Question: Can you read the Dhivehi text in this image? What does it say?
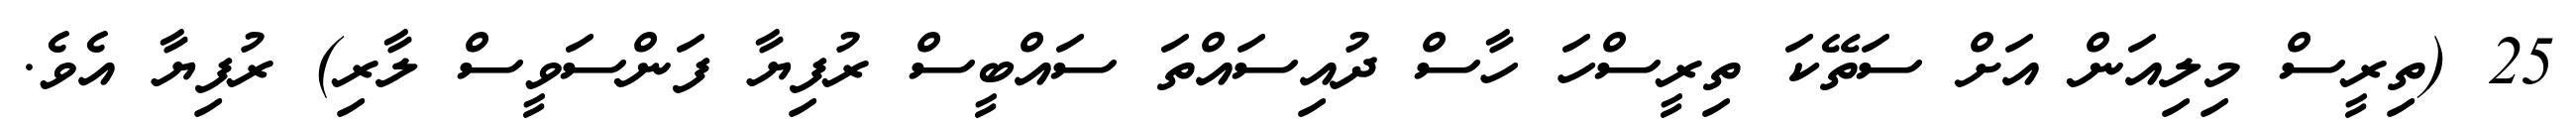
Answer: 25 (ތިރީސް މިލިއަން އަށް ސަތޭކަ ތިރީސްހަ ހާސް ދުއިސައްތަ ސައްބީސް ރުފިޔާ ފަންސަވީސް ލާރި) ރުފިޔާ އެވެ.